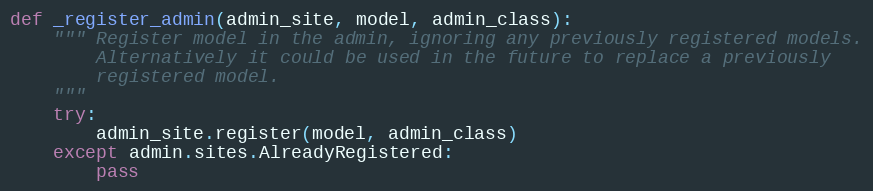
Language: Python
def _register_admin(admin_site, model, admin_class):
    """ Register model in the admin, ignoring any previously registered models.
        Alternatively it could be used in the future to replace a previously
        registered model.
    """
    try:
        admin_site.register(model, admin_class)
    except admin.sites.AlreadyRegistered:
        pass